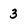
Character: 3